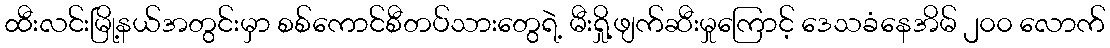
ထီးလင်းမြို့နယ်အတွင်းမှာ စစ်ကောင်စီတပ်သားတွေရဲ့ မီးရှို့ဖျက်ဆီးမှုကြောင့် ဒေသခံနေအိမ် ၂၀၀ လောက်